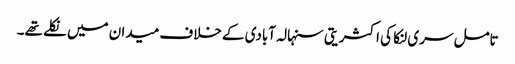
تامل سری لنکا کی اکثریتی سنہالہ آبادی کے خلاف میدان میں نکلے تھے۔